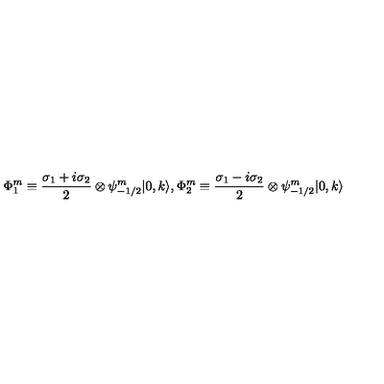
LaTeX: \Phi _ { 1 } ^ { m } \equiv \frac { \sigma _ { 1 } + i \sigma _ { 2 } } { 2 } \otimes \psi _ { - 1 / 2 } ^ { m } | 0 , k \rangle , \Phi _ { 2 } ^ { m } \equiv \frac { \sigma _ { 1 } - i \sigma _ { 2 } } { 2 } \otimes \psi _ { - 1 / 2 } ^ { m } | 0 , k \rangle